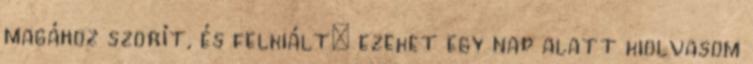
magához szorít, és felkiált: ezeket egy nap alatt kiolvasom